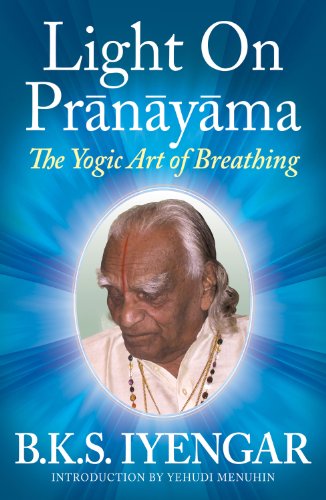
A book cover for Light on PrÃ£nÃ£yÃ£ma: The Yogic Art of Breathing; B. K. S. Iyengar; Gay & Lesbian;